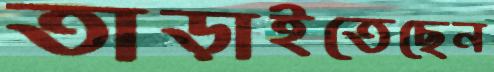
তাড়াইতেছেন